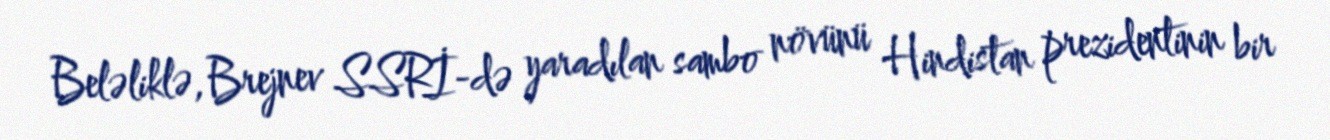
Beləliklə, Brejnev SSRİ-də yaradılan sambo növünü Hindistan prezidentinin bir